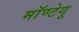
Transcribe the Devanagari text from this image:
मॉण्टेगू